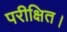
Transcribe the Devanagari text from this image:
परीक्षित।